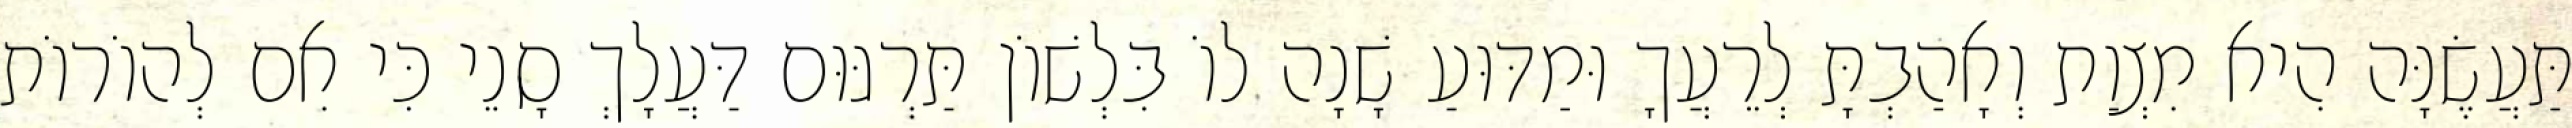
תַּעֲשֶׂנָּה הִיא מִצְוַת וְאָהַבְתָּ לְרֵעֲךָ וּמַדּוּעַ שָׁנָה לוֹ בִּלְשׁוֹן תַּרְגּוּם דַּעֲלָךְ סָנֵי כִּי אִם לְהוֹרוֹת